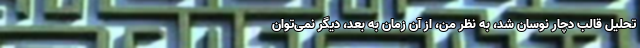
تحلیل قالب دچار نوسان شد، به نظر من، از آن زمان به بعد، دیگر نمی‌توان